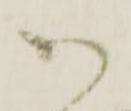
ハ